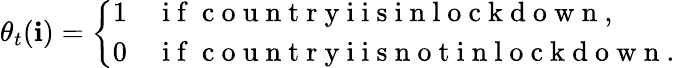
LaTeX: \theta_{t}(\mathbf{i})=\left\{ \begin{array}{ll}{1}&{\mathrm{~i~f~}\mathrm{~c~o~u~n~t~r~y~i~i~s~i~n~l~o~c~k~d~o~w~n~},}\\ {0}&{\mathrm{~i~f~}\mathrm{~c~o~u~n~t~r~y~i~i~s~n~o~t~i~n~l~o~c~k~d~o~w~n~}.}\end{array}\right.